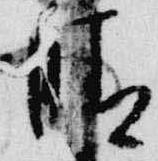
晴